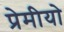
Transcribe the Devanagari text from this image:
प्रेमीयो